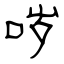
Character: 哕